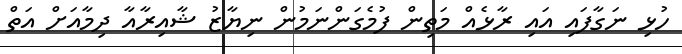
ހުޅި ނަގާފައި އައި ރާޅެއް މަތިން ފުމެގަންނަމުން ނިޔާޒު ޝާއިރާއާ ދިމާއަށް އަތް